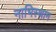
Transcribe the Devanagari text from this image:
नाभिस्थान